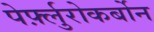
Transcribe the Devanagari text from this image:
पेर्फ़्लुरोकर्बोन